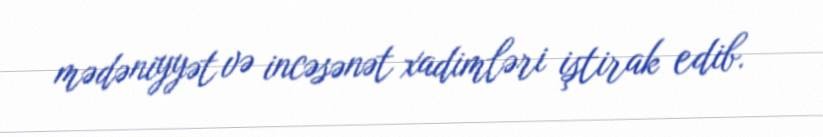
mədəniyyət və incəsənət xadimləri iştirak edib.